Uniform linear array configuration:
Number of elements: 8
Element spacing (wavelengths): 0.75
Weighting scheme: uniform
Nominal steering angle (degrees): -45
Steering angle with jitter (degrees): -46.684
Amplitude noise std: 0.05
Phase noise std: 0.05

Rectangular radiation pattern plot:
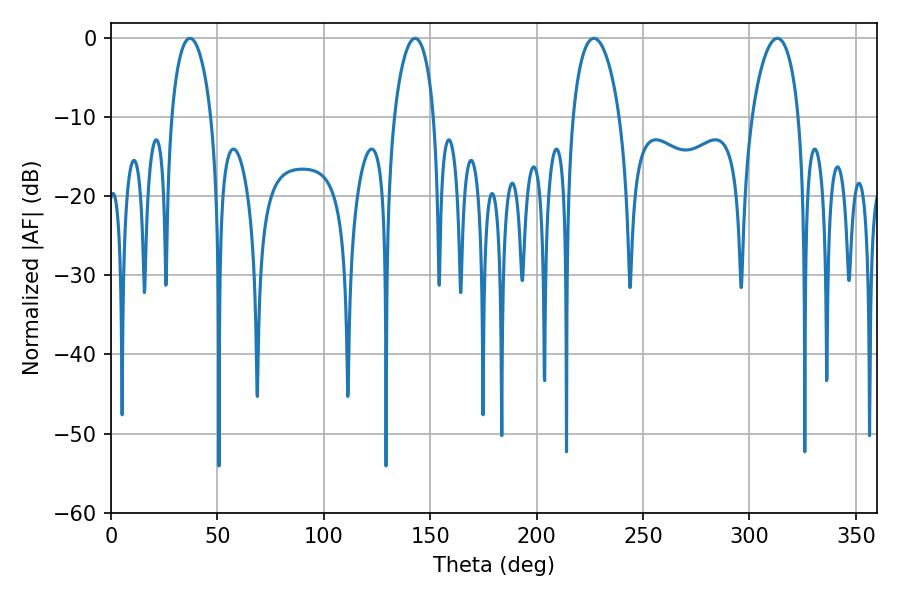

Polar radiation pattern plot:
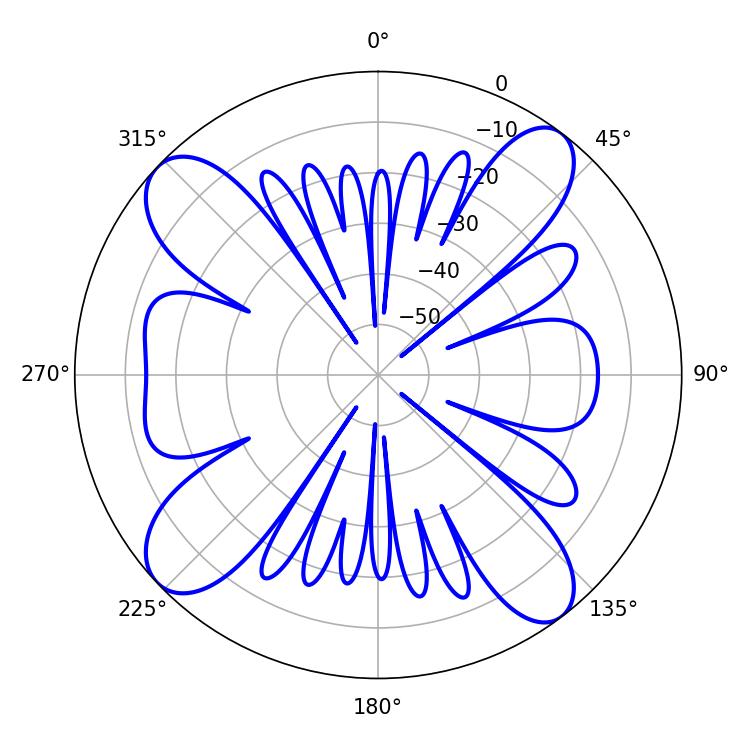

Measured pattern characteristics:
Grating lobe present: TRUE
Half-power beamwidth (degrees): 10.62
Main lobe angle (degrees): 37.08